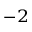
^ { - 2 }